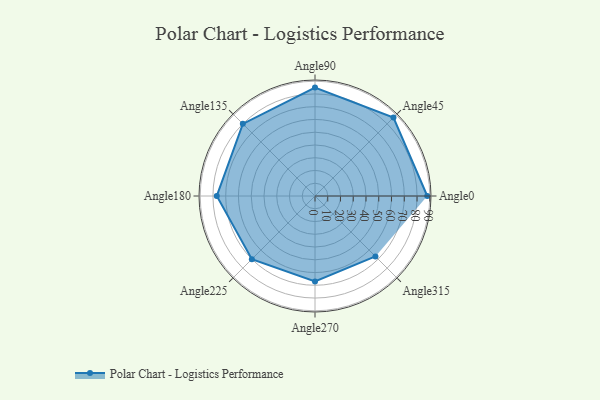
{"axis": {"x": "Angle", "y": "Radius"}, "legend": [""], "data": [{"x": "Angle0", "y": 88.0, "type": ""}, {"x": "Angle45", "y": 87.0, "type": ""}, {"x": "Angle90", "y": 85.0, "type": ""}, {"x": "Angle135", "y": 80.0, "type": ""}, {"x": "Angle180", "y": 77.0, "type": ""}, {"x": "Angle225", "y": 70.0, "type": ""}, {"x": "Angle270", "y": 67.0, "type": ""}, {"x": "Angle315", "y": 67.0, "type": ""}]}